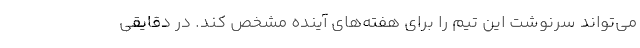
می‌تواند سرنوشت این تیم را برای هفته‌های آینده مشخص کند‌. در دقایقی